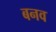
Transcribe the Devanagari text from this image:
बनव